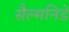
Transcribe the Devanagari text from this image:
सैल्मनिडे